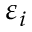
\varepsilon _ { i }